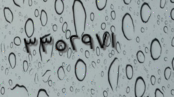
٣٣٥٢٩٧١